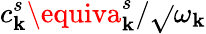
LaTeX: c_{\mathbf{k}}^{s}\equiva_{\mathbf{k}}^{s}/\sqrt{}{{\omega_{\mathbf{k}}}}